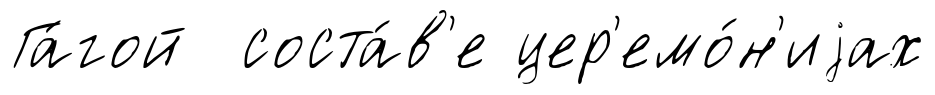
Га́гой соста́в'е цер'емо́н'иjах